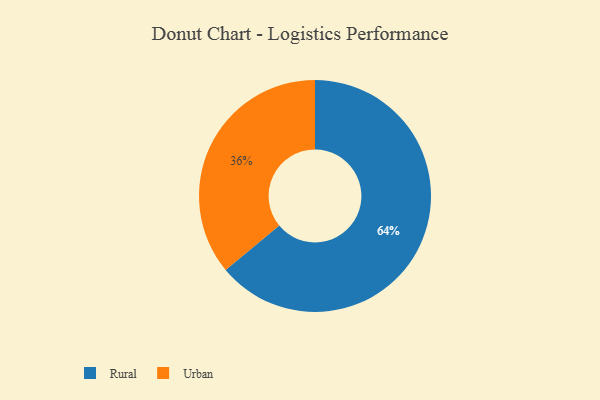
{"axis": {"x": "Category", "y": "Percentage"}, "legend": ["Rural", "Urban"], "data": [{"x": "Urban", "y": 36, "type": "Urban"}, {"x": "Rural", "y": 64, "type": "Rural"}]}